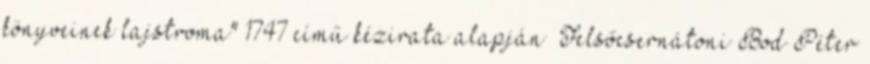
könyveinek lajstroma" 1747 című kézirata alapján Felsőcsernátoni Bod Péter